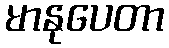
မာနုပေတာ